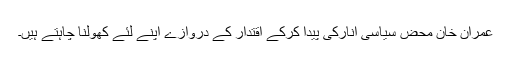
عمران خان محض سیاسی انارکی پیدا کرکے اقتدار کے دروازے اپنے لئے کھولنا چاہتے ہیں۔